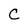
Character: C